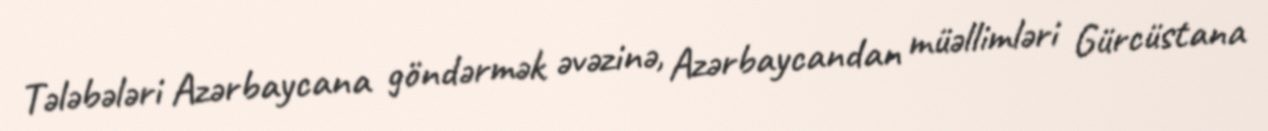
Tələbələri Azərbaycana göndərmək əvəzinə, Azərbaycandan müəllimləri Gürcüstana